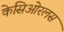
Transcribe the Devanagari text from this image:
केसिओरलस